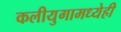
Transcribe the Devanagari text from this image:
कलीयुगामध्येही